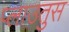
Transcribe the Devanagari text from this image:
प्लाउतुस